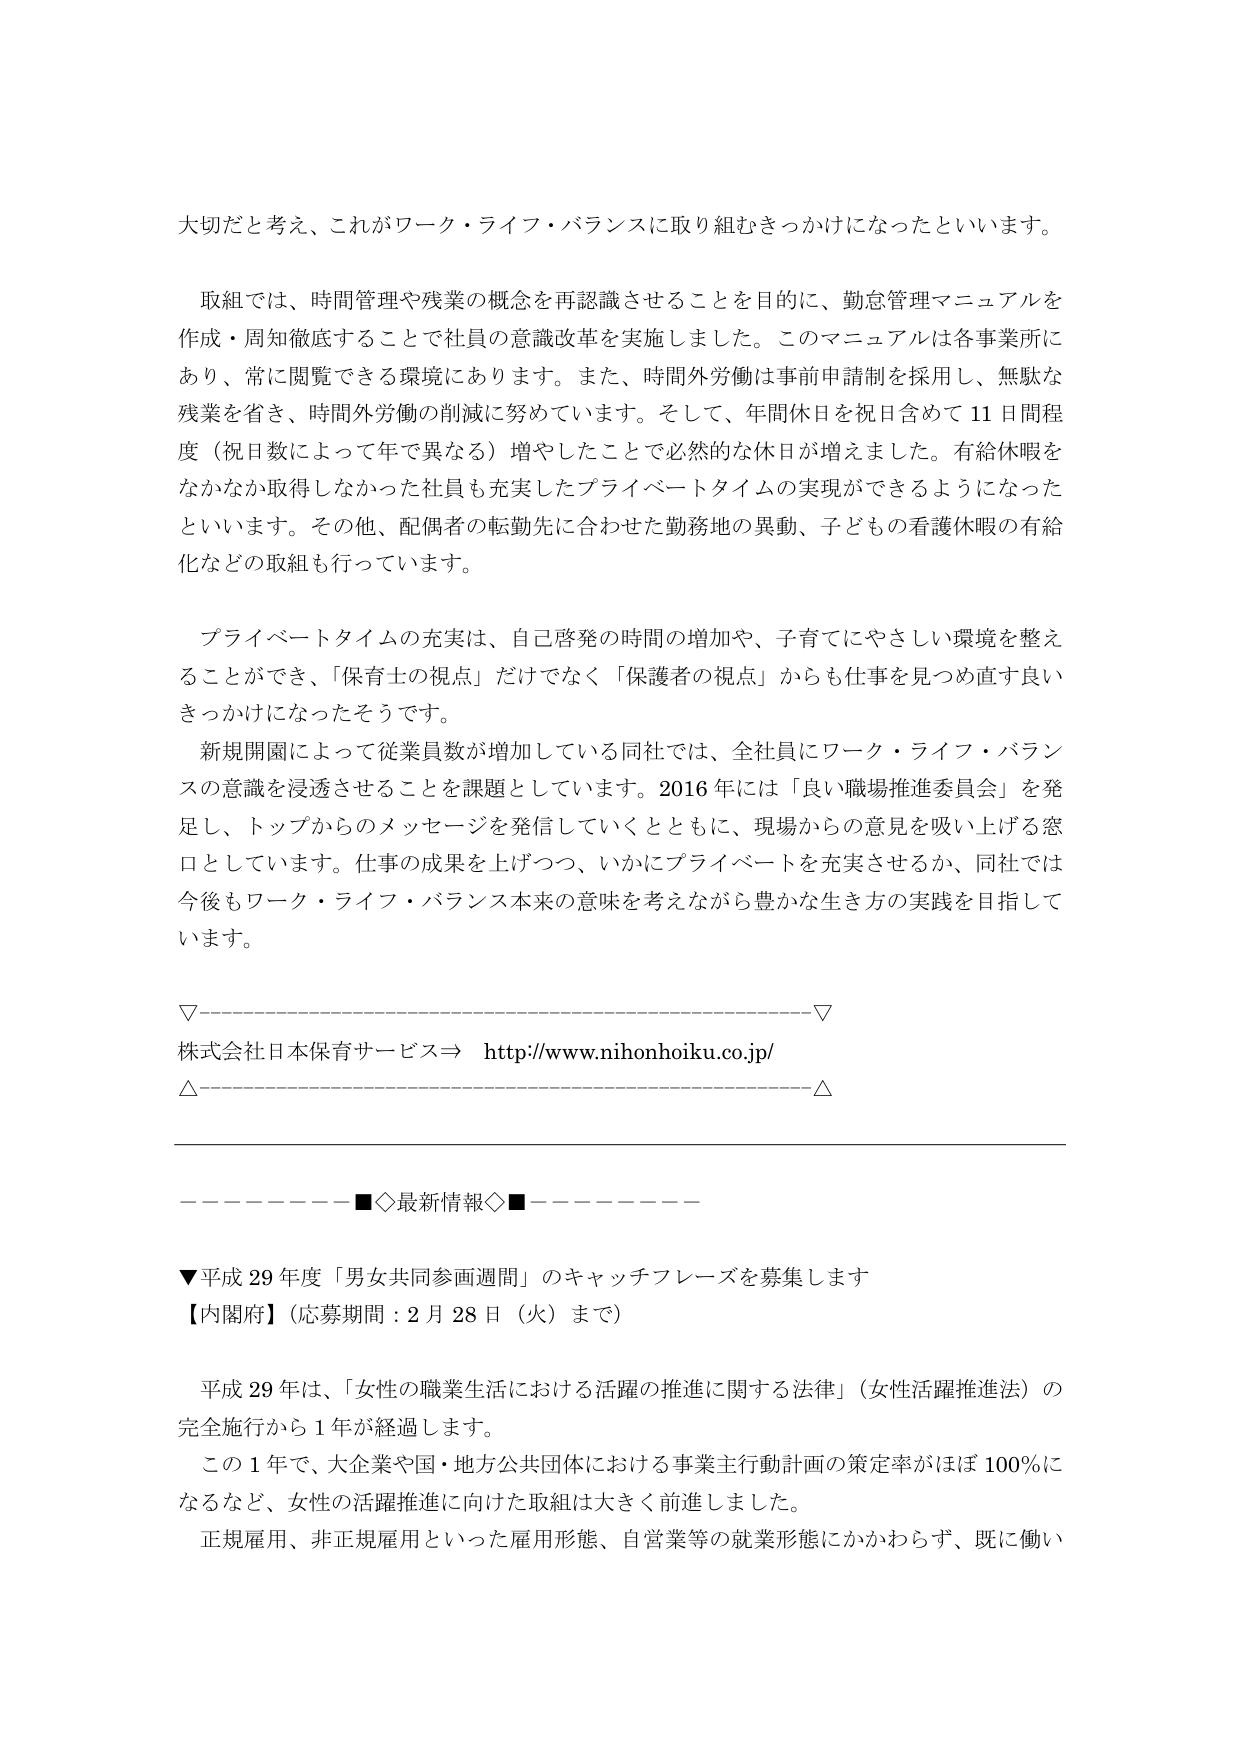
大切だと考え、これがワーク・ライフ・バランスに取り組むきっかけになったといいます。

取組では、時間管理や残業の概念を再認識させることを目的に、勤怠管理マニュアルを作成・周知徹底することで社員の意識改革を実施しました。このマニュアルは各事業所にあり、常に閲覧できる環境にあります。また、時間外労働は事前申請制を採用し、無駄な残業を省き、時間外労働の削減に努めています。そして、年間休日を祝日含めて11日間程度（祝日数によって年で異なる）増やしたことで必然的な休日が増えました。有給休暇をなかなか取得しなかった社員も充実したプライベートタイムの実現ができるようになったといいます。その他、配偶者の転勤先に合わせた勤務地の異動、子どもの看護休暇の有給化などの取組も行っています。

プライベートタイムの充実は、自己啓発の時間の増加や、子育てにやさしい環境を整えることができ、『保育士の視点』だけでなく『保護者の視点』からも仕事を見つめ直すきっかけになったそうです。

新規開園によって従業員数が増加している同社では、全社員にワーク・ライフ・バランスの意識を浸透させることを課題としています。2016年には『良い職場推進委員会』を発足し、トップからのメッセージを発信していくとともに、現場からの意見を吸い上げる窓口としています。仕事の成果を上げつつ、いかにプライベートを充実させるか、同社では今後もワーク・ライフ・バランス本来の意味を考えながら豊かな生き方の実践を目指しています。

▽────────────────────────────────────────────────────▽
株式会社日本保育サービス⇒ http://www.nihonhoiku.co.jp/
△────────────────────────────────────────────────────△

────────■◇最新情報◇■────────

▼平成29年度「男女共同参画週間」のキャッチフレーズを募集します
【内閣府】（応募期間：2月28日（火）まで）

平成29年は、「女性の職業生活における活躍の推進に関する法律」（女性活躍推進法）の完全施行から1年が経過します。
この1年で、大企業や国・地方公共団体における事業主行動計画の策定率がほぼ100％になるなど、女性の活躍推進に向けた取組は大きく前進しました。
正規雇用、非正規雇用といった雇用形態、自営業等の就業形態にかかわらず、既に働い